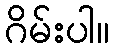
ဂိမ်းပါ။